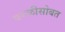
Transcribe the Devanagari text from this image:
वरळीसोबत